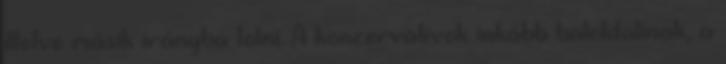
illetve másik irányba tolni. A konzervatívok inkább baloldalinak, a